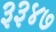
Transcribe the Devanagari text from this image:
३३४७